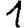
Digit: 1